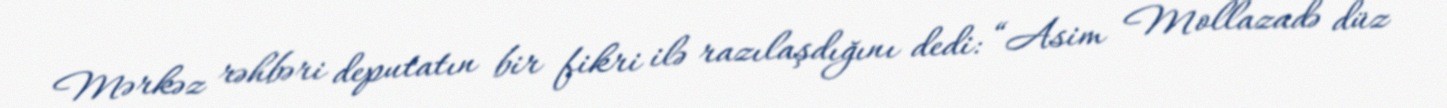
Mərkəz rəhbəri deputatın bir fikri ilə razılaşdığını dedi: “Asim Mollazadə düz